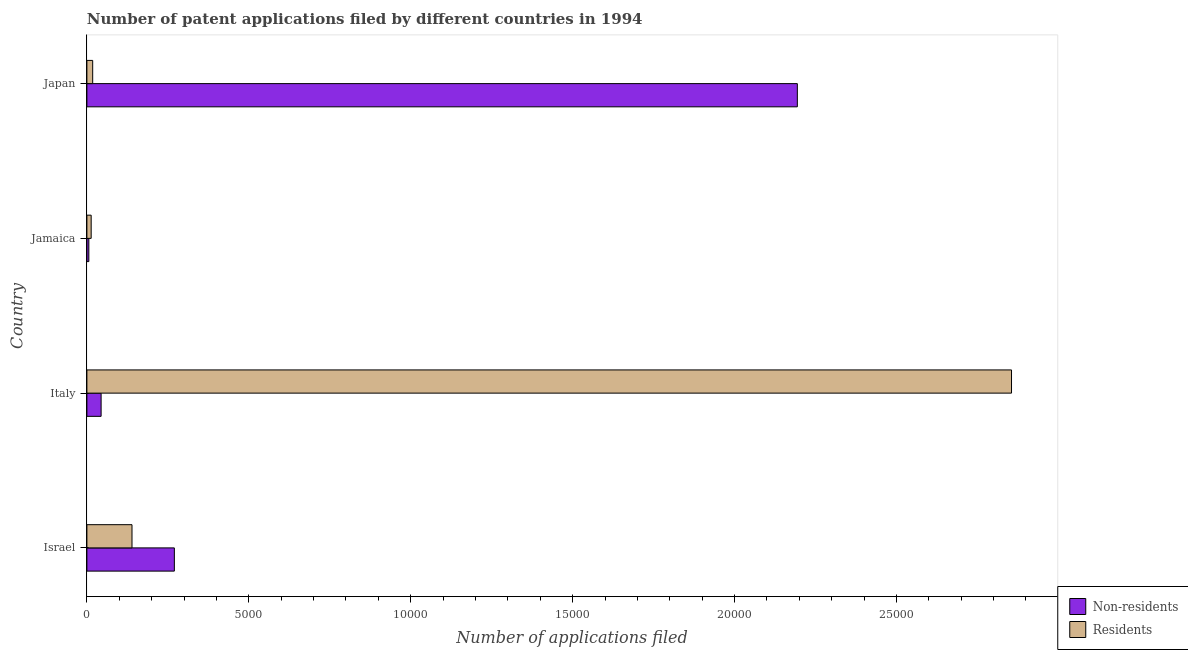
| Country | Non-residents | Residents |
 | --- | --- | --- |
 | Israel | 2.7e+03 | 1.39e+03 |
 | Italy | 439 | 2.86e+04 |
 | Jamaica | 60 | 132 |
 | Japan | 2.19e+04 | 179 |